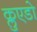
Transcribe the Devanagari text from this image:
क्लुएडो